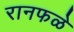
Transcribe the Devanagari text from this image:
रानफळे